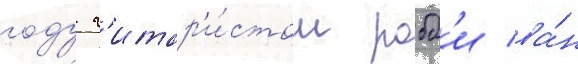
году г'итар'и́стом робб'и ва́н